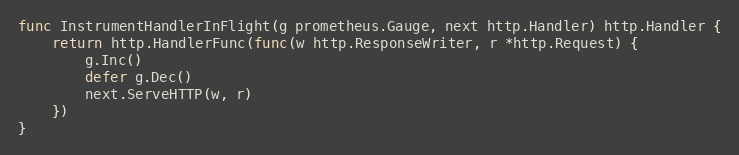
Language: Go
func InstrumentHandlerInFlight(g prometheus.Gauge, next http.Handler) http.Handler {
	return http.HandlerFunc(func(w http.ResponseWriter, r *http.Request) {
		g.Inc()
		defer g.Dec()
		next.ServeHTTP(w, r)
	})
}